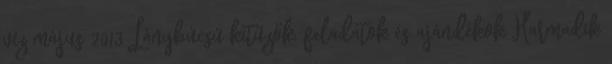
víz május 2013 Lánybúcsú kitűzők, feladatok és ajándékok Harmadik